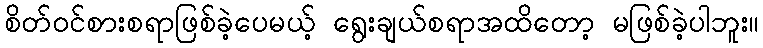
စိတ်ဝင်စားစရာဖြစ်ခဲ့ပေမယ့် ရွေးချယ်စရာအထိတော့ မဖြစ်ခဲ့ပါဘူး။